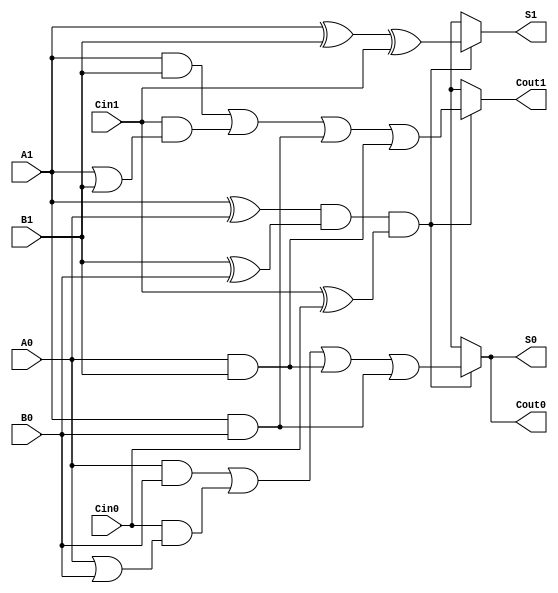
module dual_rail_full_adder (
    input wire A1, A0,      // Dual-rail representation of input A
    input wire B1, B0,      // Dual-rail representation of input B
    input wire Cin1, Cin0,  // Dual-rail representation of carry-in (Cin)
    output reg S1, S0,      // Dual-rail representation of sum output (S)
    output reg Cout1, Cout0  // Dual-rail representation of carry-out output (Cout)
);

    // Internal signals for valid states
    wire A_valid = (A1 ^ A0);
    wire B_valid = (B1 ^ B0);
    wire Cin_valid = (Cin1 ^ Cin0);
    
    always @(*) begin
        // Default output states to invalid
        S1 = 1'bx; S0 = 1'bx;
        Cout1 = 1'bx; Cout0 = 1'bx;

        // Check for valid inputs
        if (A_valid && B_valid && Cin_valid) begin
            // Calculate Sum Output (S)
            S1 = (A1 ^ B1 ^ Cin1);
            S0 = ((A0 & B0) | (Cin0 & (A0 | B0)) | (A0 & B1) | (A1 & B0));

            // Calculate Carry Output (Cout)
            Cout1 = ((A1 & B1) | (Cin1 & (A1 | B1)) | (A1 & B0) | (A0 & B1));
            Cout0 = ((A0 & B0) | (Cin0 & (A0 | B0)) | (A0 & B1) | (A1 & B0));
        end
    end

endmodule